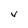
Character: V